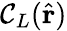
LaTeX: \mathcal{C}_{L}(\hat{{\mathbf{r}}})